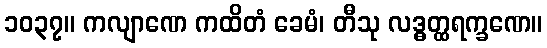
၁၀၃၇။ ကလျာဏေ ကထိတံ ခေမံ၊ တီသု လဒ္ဓတ္ထရက္ခဏေ။